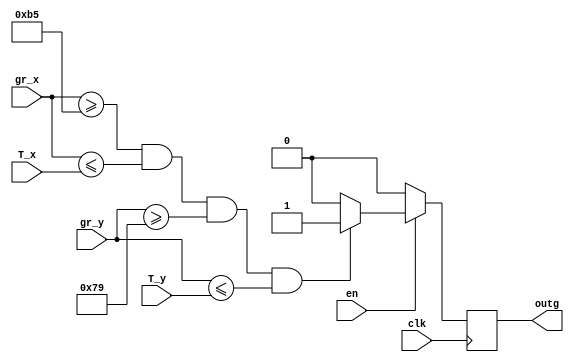
module GREEN_DRAW3(
	input wire clk,
//	input wire reset,	
	input wire en,
	
	input wire [10:0]gr_x,
	input wire [9:0]gr_y,
	input wire [10:0]T_x,
	input wire [9:0]T_y,
	
	output reg outg
	
	);
	
parameter[10:0] x1 = 11'd181;
parameter[10:0] x2 = 11'd331;
parameter[9:0] y1 = 11'd121;
parameter[9:0] y2 = 11'd220;


always @ (posedge clk)
	begin
		if (en == 1) 
		begin
			if ((gr_x[10:0]>=x1[10:0])&&(gr_x[10:0]<=T_x)&&(gr_y[9:0]>=y1)&&(gr_y[9:0]<=T_y))
				begin
					outg = 1;
				end
				else
					outg = 0;
		end
		else
			outg = 0;
	end	
endmodule